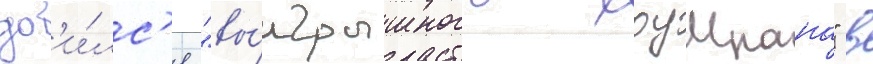
доб'и́лс'я "вы́игрышного хоумрана" в